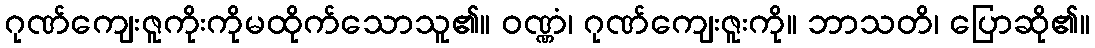
ဂုဏ်ကျေးဇူကိုးကိုမထိုက်သောသူ၏။ ဝဏ္ဏံ၊ ဂုဏ်ကျေးဇူးကို။ ဘာသတိ၊ ပြောဆို၏။